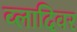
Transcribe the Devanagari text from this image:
व्लादिवर